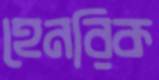
হেনরিক